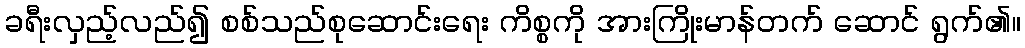
ခရီးလှည့်လည်၍ စစ်သည်စုဆောင်းရေး ကိစ္စကို အားကြိုးမာန်တက် ဆောင် ရွက်၏။